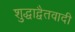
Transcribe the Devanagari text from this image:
शुद्धाद्वैतवादी